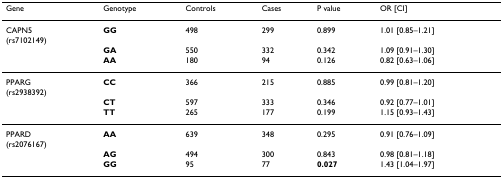
| Gene | Genotype | Controls | Cases | P value | OR [CI] |
 | --- | --- | --- | --- | --- | --- |
 | CAPN5 (rs7102149) | GG | 498 | 299 | 0.899 | 1.01 [0.85–1.21] |
 |  | GA | 550 | 332 | 0.342 | 1.09 [0.91–1.30] |
 |  | AA | 180 | 94 | 0.126 | 0.82 [0.63–1.06] |
 | PPARG (rs2938392) | CC | 366 | 215 | 0.885 | 0.99 [0.81–1.20] |
 |  | CT | 597 | 333 | 0.346 | 0.92 [0.77–1.01] |
 |  | TT | 265 | 177 | 0.199 | 1.15 [0.93–1.43] |
 | PPARD (rs2076167) | AA | 639 | 348 | 0.295 | 0.91 [0.76–1.09] |
 |  | AG | 494 | 300 | 0.843 | 0.98 [0.81–1.18] |
 |  | GG | 95 | 77 | 0.027 | 1.43 [1.04–1.97] |